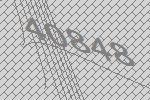
40848